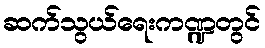
ဆက်သွယ်ရေးကဏ္ဍတွင်